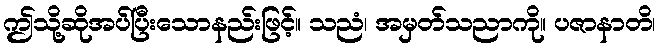
ဤသို့ဆိုအပ်ပြီးသောနည်းဖြင့်။ သညံ၊ အမှတ်သညာကို။ ပဇာနာတိ၊